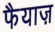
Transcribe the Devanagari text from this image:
फैयाज़